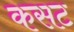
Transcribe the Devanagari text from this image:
कसट